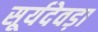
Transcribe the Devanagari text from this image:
सूर्यदेवड़ा